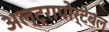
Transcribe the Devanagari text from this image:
अल्ट्रापोर्टेबल